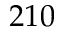
2 1 0